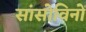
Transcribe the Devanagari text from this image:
सांसोविनों